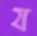
য